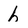
Character: h